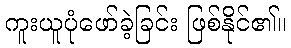
ကူးယူပုံဖော်ခဲ့ခြင်း ဖြစ်နိုင်၏။